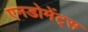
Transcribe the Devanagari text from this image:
एनडोमेंट्स